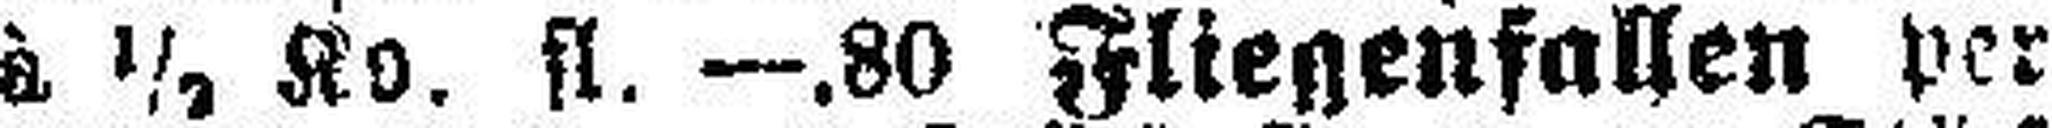
à ½ Ko. fl. —.80 Fliegenfallen per